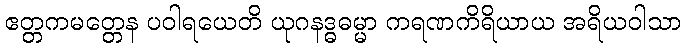
ဧတ္တကမတ္တေန ပဝါရယေတိ ယုဂနဒ္ဓဓမ္မာ ကရဏကိရိယာယ အရိယဝါသာ